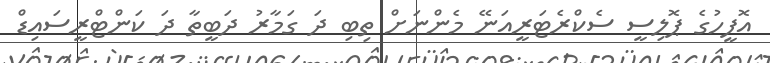
އޮފީހުގެ ޕޮލިސީ ސެކްރެޓަރީއަނޭ މެންނަށް ތިބި ދަ ގަމާރު ދަބީތާ ދަ ކަންޓްރީސައިޑް